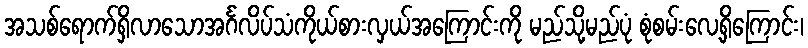
အသစ်ရောက်ရှိလာသောအင်္ဂလိပ်သံကိုယ်စားလှယ်အကြောင်းကို မည်သို့မည်ပုံ စုံစမ်းလေ့ရှိကြောင်း၊